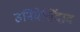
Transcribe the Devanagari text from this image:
उनिवेर्सिदाद